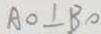
A O \bot B O